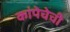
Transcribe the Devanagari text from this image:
कांपेचेची